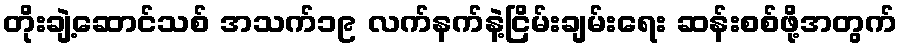
တိုးချဲ့ဆောင်သစ် အသက်၁၉ လက်နက်နဲ့ငြိမ်းချမ်းရေး ဆန်းစစ်ဖို့အတွက်